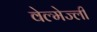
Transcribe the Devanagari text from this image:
वेल्मेज्ली